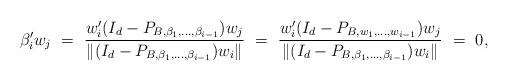
LaTeX: \begin{align*}\beta_i'w_j \,\,=\,\,\frac{w_i'(I_d-P_{B,\beta_1,\ldots,\beta_{i-1}})w_j}{\|(I_d-P_{B,\beta_1,\ldots,\beta_{i-1}})w_i\|} \,\,=\,\, \frac{w_i'(I_d-P_{B,w_1,\ldots,w_{i-1}})w_j}{\|(I_d-P_{B,\beta_1,\ldots,\beta_{i-1}})w_i\|} \,\,= \,\,0,\end{align*}